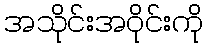
အသိုင်းအဝိုင်းကို